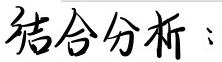
结合分析：